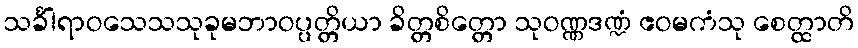
သင်္ခါရာဝသေသသုခုမဘာဝပ္ပတ္တိယာ ခိတ္တစိတ္တော သုဝဏ္ဏဒဏ္ဍံ ဧဝမကံသု စေတ္ထာတိ